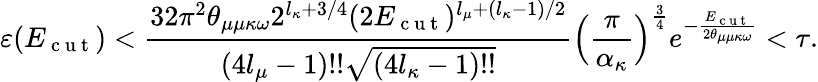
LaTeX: \varepsilon(E_{\mathrm{~c~u~t~}})<\frac{32\pi^{2}\theta_{\mu\mu\kappa\omega}2^{l_{\kappa}+3/4}(2E_{\mathrm{~c~u~t~}})^{l_{\mu}+(l_{\kappa}-1)/2}}{(4l_{\mu}-1)!!\sqrt{(4l_{\kappa}-1)!!}}\Big(\frac{\pi}{\alpha_{\kappa}}\Big)^{\frac{3}{4}}e^{-\frac{E_{\mathrm{~c~u~t~}}}{2\theta_{\mu\mu\kappa\omega}}}<\tau.